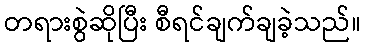
တရားစွဲဆိုပြီး စီရင်ချက်ချခဲ့သည်။